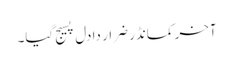
آخر کمانڈر ضرار دا دل پسیج گیا۔